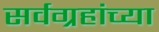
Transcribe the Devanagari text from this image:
सर्वग्रहांच्या